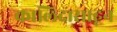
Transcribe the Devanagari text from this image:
कालिदासाहून